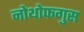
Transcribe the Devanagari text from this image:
नोथोफगुस